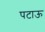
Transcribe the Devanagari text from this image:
पटाऊ